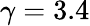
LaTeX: \gamma=3.4